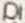
Text: D1